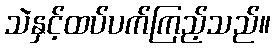
သဲနှင့်ထပ်ပက်ကြည့်သည်။